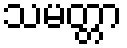
သမတ္တာ